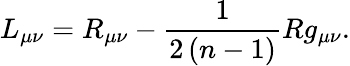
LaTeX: L_{\mu\nu}=R_{\mu\nu}-\frac{1}{2\left(n-1\right)}Rg_{\mu\nu}.